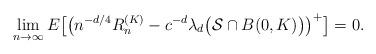
LaTeX: \begin{align*} \lim_{n\to\infty} E \bigl[ \bigl(n^{-d/4}R_n^{(K)}- c^{-d}\lambda _d\bigl(\mathcal{S}\cap B(0,K)\bigr) \bigr)^+ \bigr]= 0.\end{align*}